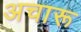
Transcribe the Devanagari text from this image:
अचारू